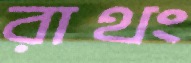
রাথং